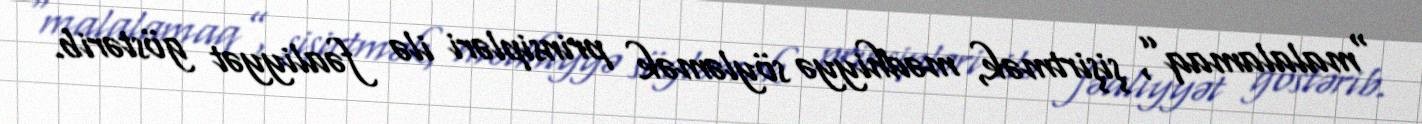
“malalamaq”, şişirtmək, mədhiyyə söyləmək prinsipləri ilə fəaliyyət göstərib.